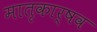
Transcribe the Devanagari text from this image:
मातृकार्षव